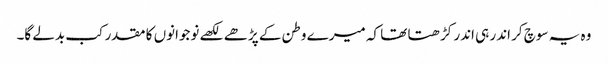
وہ یہ سوچ کر اندر ہی اندر کڑھتا تھا کہ میرے وطن کے پڑھے لکھے نوجوانوں کا مقدر کب بدلے گا۔